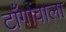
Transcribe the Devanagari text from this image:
टाँगोंवाला